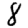
Digit: 8